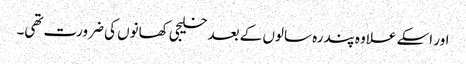
اور اسکے علاوہ پندرہ سالوں کے بعد خلیجی کھانوں کی ضرورت تھی۔